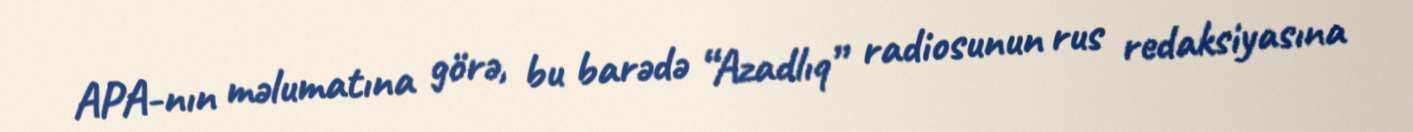
APA-nın məlumatına görə, bu barədə “Azadlıq” radiosunun rus redaksiyasına